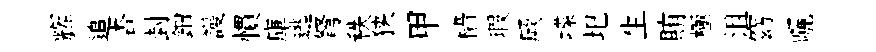
辉追杏封鈿謾慣庫逃弩秩狭甲檣瑕厥堞圯生賄極沮窈曬